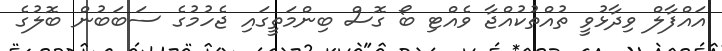
އައްފާލް ވިދާޅުވީ ތުއްތުކުއްޖާ ވެއްޓި ބޯ ގޮސް ބިންމަތީގައި ޖެހުމުގެ ސަބަބުން ބޮލުގެ